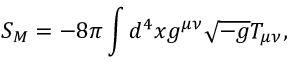
S _ { M } = - 8 \pi \int d ^ { 4 } x g ^ { \mu \nu } \sqrt { - g } T _ { \mu \nu } ,